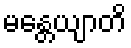
မန္တေယျာတိ